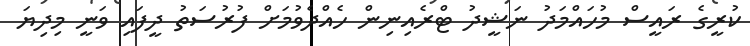
ކުރީގެ ރައީސް މުހައްމަދު ނަޝީދު ޓްރެއިނިން ހެއްދެވުމަށް ފުރުސަތު ދީފައި ވަނީ މިދިޔަ